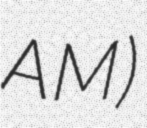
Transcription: AM)